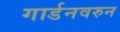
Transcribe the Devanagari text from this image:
गार्डनवरुन